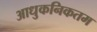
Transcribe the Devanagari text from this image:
आधुकनिकतम